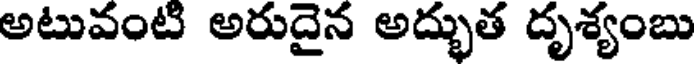
అటువంటి అరుదైన అద్భుత దృశ్యంబు